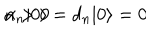
LaTeX: \alpha _ { n } | 0 \rangle = d _ { n } | 0 \rangle = 0 \hspace { 1 c m } n > 0